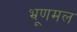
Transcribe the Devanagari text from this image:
भ्रूणमल